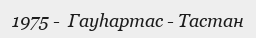
1975 -  Гауһартас - Тастан